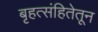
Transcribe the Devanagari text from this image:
बृहत्संहितेतून